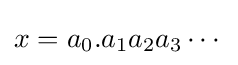
x=a_{0}.a_{1}a_{2}a_{3}\cdots